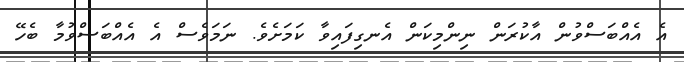
އެ އެއްބަސްވުން އާކުރަން ނިންމިކަން އެނގިފައިވާ ކަމަށެވެ. ނަމަވެސް އެ އެއްބަސްވުމާ ބެހޭ